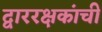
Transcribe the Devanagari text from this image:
द्वाररक्षकांची